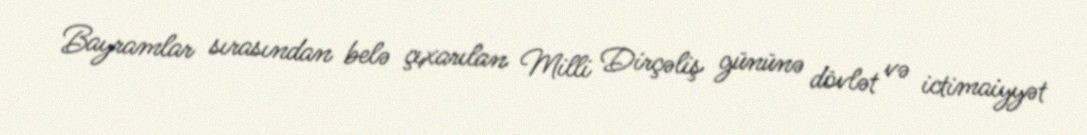
Bayramlar sırasından belə çıxarılan Milli Dirçəliş gününə dövlət və ictimaiyyət